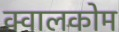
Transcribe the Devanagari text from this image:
क्वालकोम